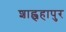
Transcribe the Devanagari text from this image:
शाह्जहापुर